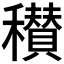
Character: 𥣪